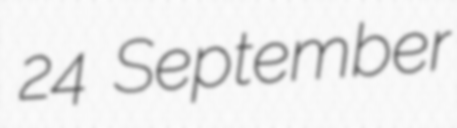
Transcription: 24 September